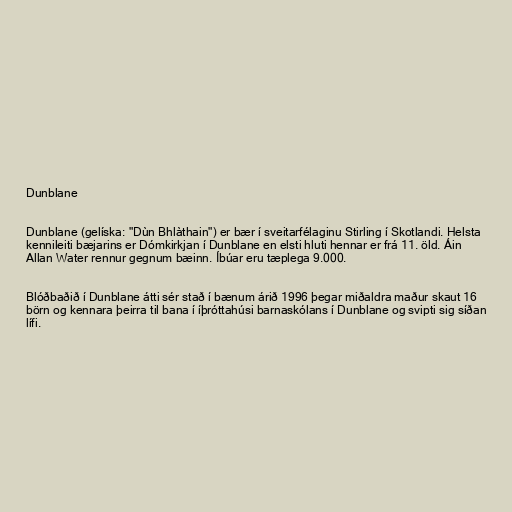
Dunblane

Dunblane (gelíska: "Dùn Bhlàthain") er bær í sveitarfélaginu Stirling í Skotlandi. Helsta
kennileiti bæjarins er Dómkirkjan í Dunblane en elsti hluti hennar er frá 11. öld. Áin
Allan Water rennur gegnum bæinn. Íbúar eru tæplega 9.000.

Blóðbaðið í Dunblane átti sér stað í bænum árið 1996 þegar miðaldra maður skaut 16
börn og kennara þeirra til bana í íþróttahúsi barnaskólans í Dunblane og svipti sig síðan
lífi.